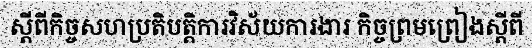
ស្តីពីកិច្ចសហប្រតិបត្តិការវិស័យការងារ កិច្ចព្រមព្រៀងស្តីពី